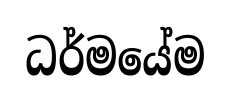
ධර්මයේම